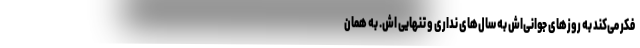
فکر می‌کند به روزهای جوانی‌اش به سال‌های نداری و تنهایی اش. به همان